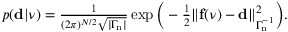
\begin{array} { r } { p ( \ensuremath { \mathbf d } | \ensuremath { \boldsymbol \nu } ) = { \frac { 1 } { ( 2 \pi ) ^ { N / 2 } \sqrt { | \ensuremath { \boldsymbol \Gamma _ { \! \mathrm { { n } } } } | } } } \exp \Big ( - { \frac { 1 } { 2 } } \| \mathbf f ( \ensuremath { \boldsymbol \nu } ) - \ensuremath { \mathbf d } \| _ { \ensuremath { \boldsymbol \Gamma _ { \! \mathrm { { n } } } } ^ { - 1 } } ^ { 2 } \Big ) . } \end{array}